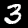
Digit: 3